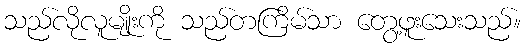
သည်လိုလူမျိုးကို သည်တကြိမ်သာ တွေ့ဖူးသေးသည်။